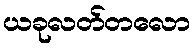
ယခုလတ်တလော